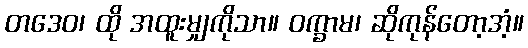
တဒေဝ၊ ထို အထူးမျှကိုသာ။ ဝက္ခာမ၊ ဆိုကုန်တော့အံ့။